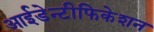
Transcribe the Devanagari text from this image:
आईडेन्टीफिकेशन